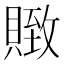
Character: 䞃